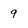
Character: 9